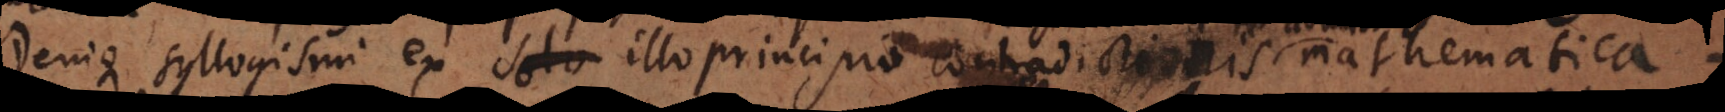
Denique formae syllogismorum ex illo principio contradictionis mathematica